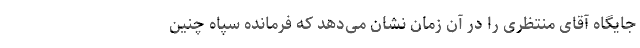
جایگاه آقای منتظری را در آن زمان نشان می‌دهد که فرمانده سپاه چنین